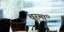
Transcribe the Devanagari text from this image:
चूरमा॰